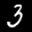
Label: 3